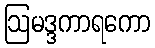
ဩမဒ္ဒကာရကော